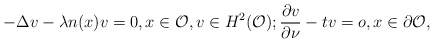
\begin{align*}-\Delta v - \lambda n(x)v =0, x \in \mathcal O, v\in H^2(\mathcal O); \frac{\partial v}{\partial \nu}-tv=o, x \in \partial \mathcal O,\end{align*}